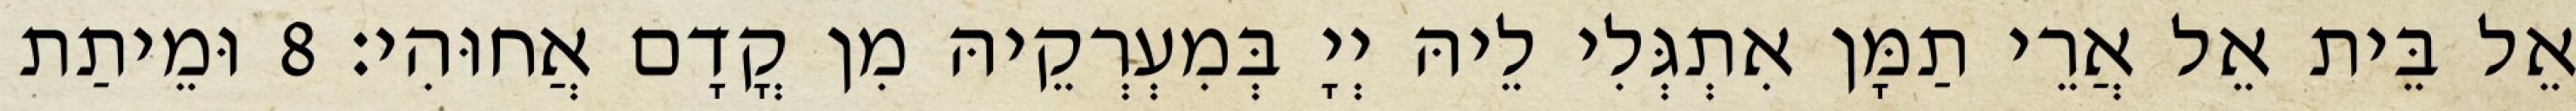
אֵל בֵּית אֵל אֲרֵי תַמָּן אִתְגְּלִי לֵיהּ יְיָ בְּמִעְרְקֵיהּ מִן קֳדָם אֲחוּהִי׃ 8 וּמֵיתַת